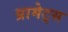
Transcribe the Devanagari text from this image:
प्रामेट्स